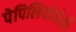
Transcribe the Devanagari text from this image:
पेपिलियोनेसी